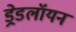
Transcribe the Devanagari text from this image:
ड्रेडलॉयन